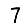
Digit: 7